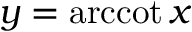
y = \operatorname { a r c c o t } x